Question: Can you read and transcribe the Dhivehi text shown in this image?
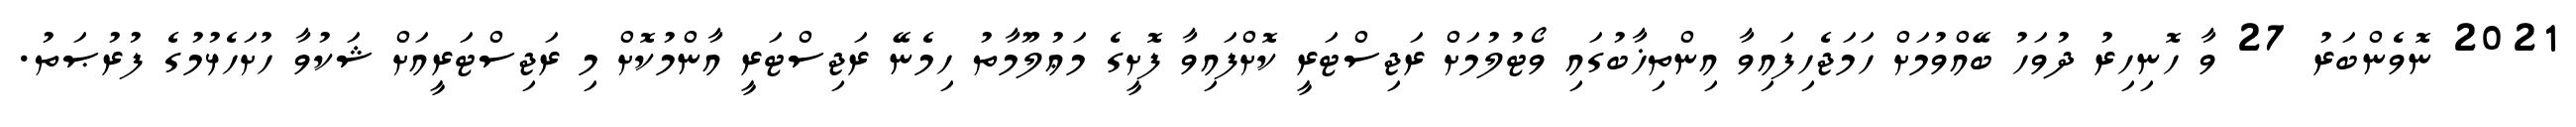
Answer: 2021 ނޮވެންބަރު 27 ވާ ހޮނިހިރު ދުވަހު ބޭއްވުމަށް ހަމަޖެހިފައިވާ އިންތިޚާބުގައި ވޯޓުލުމަށް ރަޖިސްޓަރީ ކޮށްފައިވާ ފޮށީގެ މަޢުލޫމާތު ހިމެނޭ ރަޖިސްޓަރީ އާންމުކޮށް މި ރަޖިސްޓަރީއަށް ޝަކުވާ ހުށަހެޅުމުގެ ފުރުޞަތު.